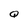
Character: Q